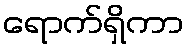
ရောက်ရှိကာ